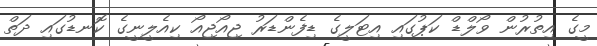
މީގެ އިތުރުން ވޯލްޑް ކަޕުގައި އިޓަލީގެ ޑިފެންޑަރު ޖިއޯޖިއޯ ކިއެލީނީގެ ކޮނޑުގައި ދަތް